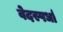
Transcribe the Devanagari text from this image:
वेदस्पर्धा